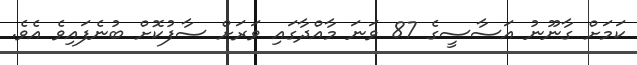
ކަމަށް ގާނޫނު އަސާސީގެ 87 ވަނަ މާއްދާގައި ވަރަށް ސާފުކޮށް ބުނެފައިވެ އެވެ.